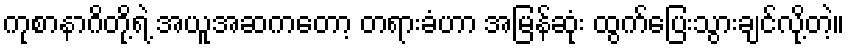
ကုစာနာဂိတို့ရဲ့ အယူအဆကတော့ တရားခံဟာ အမြန်ဆုံး ထွက်ပြေးသွားချင်လို့တဲ့။